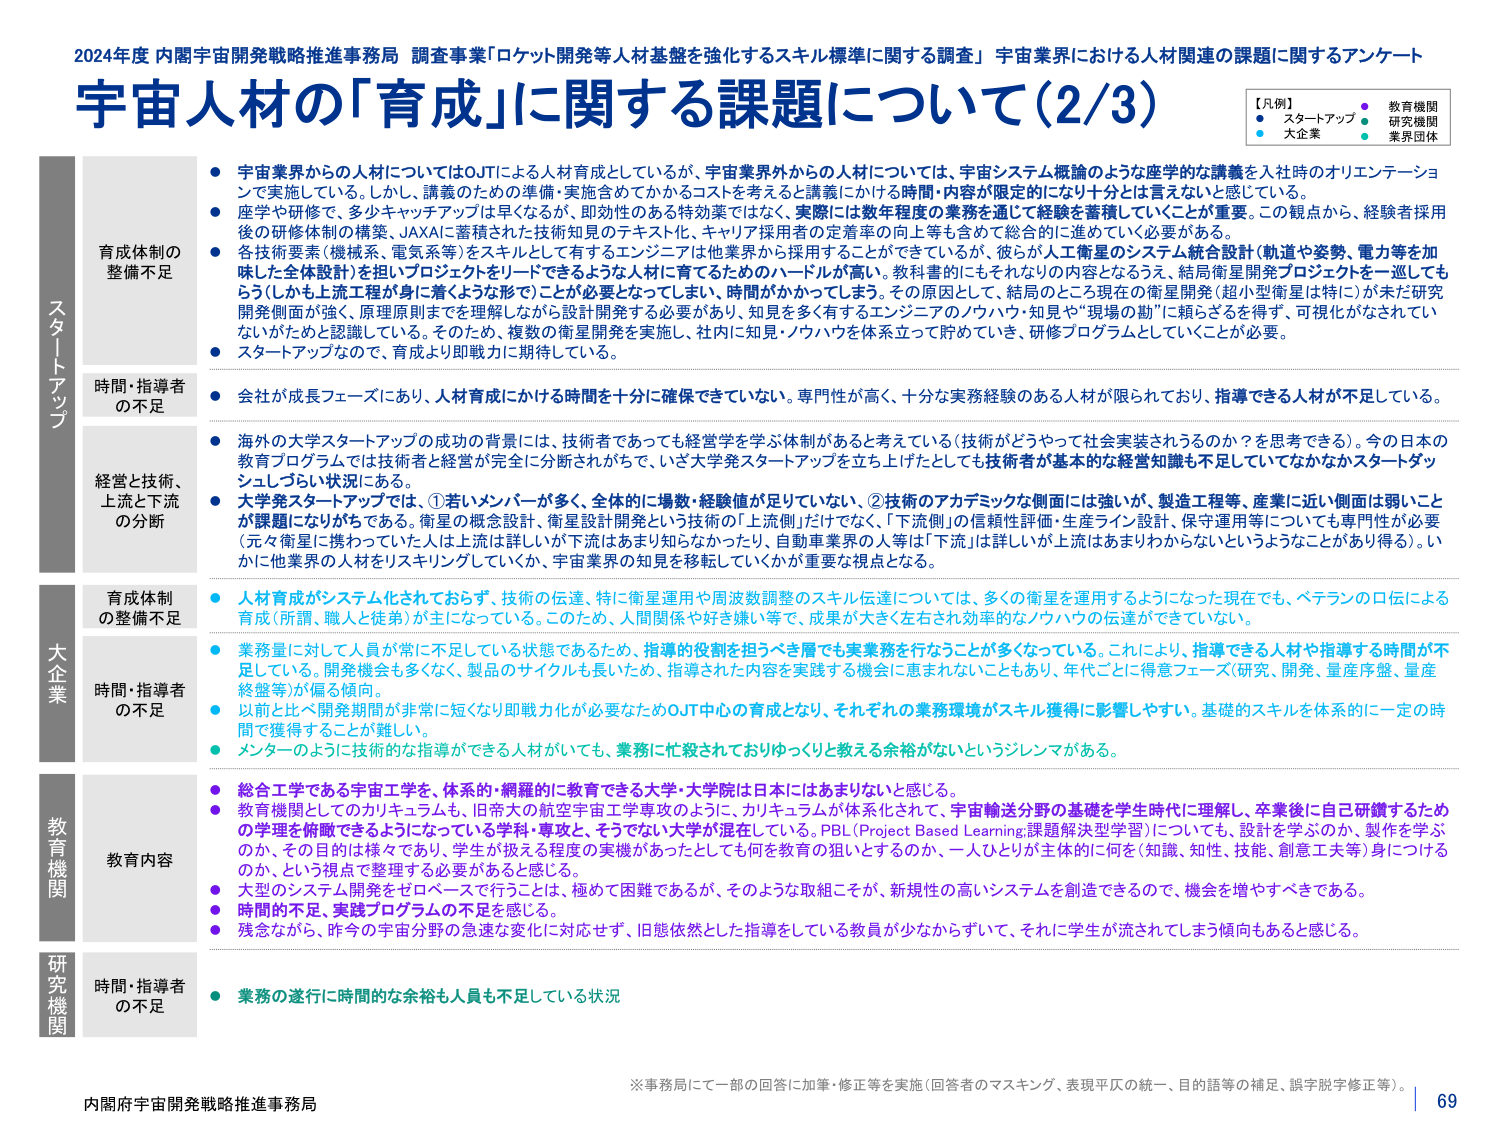
2024年度 内閣宇宙開発戦略推進事務局 調査事業「ロケット開発等人材基盤を強化するスキル標準に関する調査」 宇宙業界における人材関連の課題に関するアンケート
宇宙人材の「育成」に関する課題について（2/3）

【凡例】
● スタートアップ ● 教育機関
● 大企業 ● 研究機関
● 業界団体

スタートアップ
育成体制の整備不足
● 宇宙業界からの人材についてはOJTによる人材育成としているが、宇宙業界外からの人材については、宇宙システム概論のような座学的な講義を入社時のオリエンテーションで実施している。しかし、講義のための準備・実施含めてかかるコストを考えると講義にかける時間・内容が限定的になり十分とは言えない感じている。
● 座学や研修で、多少キャッチアップは早くなるが、即効性のある特効薬ではなく、実際には数年程度の業務を通じて経験を蓄積していくことが重要。この観点から、経験者採用後の研修体制の構築、JAXAに蓄積された技術知見のテキスト化、キャリア採用者の定着率の向上等も含めて総合的に進めていく必要がある。
● 各技術要素（機械系、電気系等）をスキルとして有するエンジニアは他業界から採用することができるが、彼らが人工衛星のシステム統合設計（軌道や姿勢、電力等を加味した全体設計）を担いプロジェクトをリードできるような人材に育てるためのハードルが高い。教科書的にもそれなりの内容となるうえ、結局衛星開発プロジェクトを一巡してもらう（しかも上流工程が身に着くような形で）ことが必要となってしまい、時間がかかってしまう。その原因として、結局のところ現在の衛星開発（超小型衛星は特に）が未だ研究開発側面が強く、原理原則までを理解しながら設計開発する必要があり、知見を多く有するエンジニアのノウハウ・知見や“現場の勘”に頼らざるを得ず、可視化がなされていないためと認識している。そのため、複数の衛星開発を実施し、社内に知見・ノウハウを体系立てて貯めていき、研修プログラムとしていくことが必要。
● スタートアップなので、育成より即戦力に期待している。

時間・指導者の不足
● 会社が成長フェーズにあり、人材育成にかける時間を十分に確保できていない。専門性が高く、十分な実務経験のある人材が限られており、指導できる人材が不足している。

経営と技術、上流と下流の分断
● 海外の大学スタートアップの成功の背景には、技術者であっても経営学を学ぶ体制があると考えている（技術がどうやって社会実装されるのか？を思考できる）。今の日本の教育プログラムでは技術者と経営が完全に分断されがちで、いざ大学発スタートアップを立ち上げたとしても技術者が基本的な経営知識も不足していてなかなかスタートダッシュしづらい状況にある。
● 大学発スタートアップでは、①若いメンバーが多く、全体的に場数・経験値が足りていない、②技術のアカデミックな側面には強いが、製造工程等、産業に近い側面は弱いことが課題になりがちである。衛星の概念設計、衛星設計開発という技術の「上流側」だけでなく、「下流側」の信頼性評価・生産ライン設計、保守運用等についても専門性が必要（元々衛星に携わっていた人は上流は詳しいが下流はあまり知らなかったり、自動車業界の人等は「下流」は詳しいが上流はあまりわからないというようなことがあり得る）。いかに他業界の人材をリスキリングしていくか、宇宙業界の知見を移転していくかが重要な視点となる。

大企業
育成体制の整備不足
● 人材育成がシステム化されておらず、技術の伝達、特に衛星運用や周波数調整のスキル伝達については、多くの衛星を運用するようになった現在でも、ベテランの口伝による育成（所謂、職人と徒弟）が主になっている。このため、人間関係や好き嫌い等で、成果が大きく左右され効率的なノウハウの伝達ができていない。
● 業務量に対して人員が常に不足している状態であるため、指導的役割を担うべき層でも実業務を行なうことが多くなっている。これにより、指導できる人材や指導する時間が不足している。開発機会も多くなく、製品のサイクルも長いため、指導された内容を実践する機会に恵まれないこともあり、年代ごとに得意フェーズ（研究、開発、量産序盤、量産終盤等）が偏る傾向。
● 以前と比べ開発期間が非常に短くなり即戦力化が必要なためOJT中心の育成となり、それぞれの業務環境がスキル獲得に影響しやすい。基礎的スキルを体系的に一定の時間で獲得することが難しい。
● メンターのように技術的な指導ができる人材がいても、業務に忙殺されておりゆっくりと教える余裕がないというジレンマがある。

時間・指導者の不足
● （同上）

教育機関
教育内容
● 総合工学である宇宙工学を、体系的・網羅的に教育できる大学・大学院は日本にはあまりないと感じる。
● 教育機関としてのカリキュラムも、旧帝大の航空宇宙工学専攻のように、カリキュラムが体系化されて、宇宙輸送分野の基礎を学生時代に理解し、卒業後に自己研鑽するための学理を俯瞰できるようになっている学科・専攻と、そうでない大学が混在している。PBL（Project Based Learning:課題解決型学習）についても、設計を学ぶのか、製作を学ぶのか、その目的は様々であり、学生が扱える程度の実機があったとしても何を教育の狙いとするのか、一人ひとりが主体的に何を（知識、知性、技能、創意工夫等）身につけるのか、という視点で整理する必要があると感じる。
● 大型のシステム開発をゼロベースで行うことは、極めて困難であるが、そのような取組こそが、新規性の高いシステムを創造できるので、機会を増やすべきである。
● 時間的不足、実践プログラムの不足を感じる。
● 残念ながら、昨今の宇宙分野の急速な変化に対応せず、旧態依然とした指導をしている教員が少なからずいて、それに学生が流れてしまう傾向もあると感じる。

研究機関
時間・指導者の不足
● 業務の遂行に時間的な余裕も人員も不足している状況

※事務局にて一部の回答に加筆・修正等を実施（回答者のマスキング、表現平仄の統一、目的話等の補足、誤字脱字修正等）。
内閣府宇宙開発戦略推進事務局
69